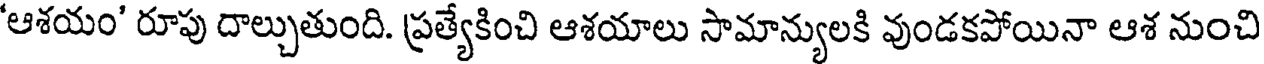
'ఆశయం' రూపు దాల్చుతుంది. ప్రత్యేకించి ఆశయాలు సామాన్యులకి వుండకపోయినా ఆశ నుంచి